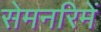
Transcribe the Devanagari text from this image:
सेमनरिमें